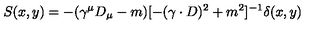
S ( x , y ) = - ( \gamma ^ { \mu } D _ { \mu } - m ) [ - ( \gamma \cdot D ) ^ { 2 } + m ^ { 2 } ] ^ { - 1 } \delta ( x , y )